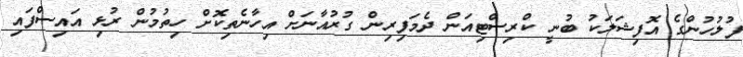
ފުލުހުންގެ އޮފިޝަލަކު ބުނީ ކްރިސްޓިއަން ދެމަފިރިން ގުރުއާނަށް އިހާނެތިކޮށް ހިތުމުން ރުޅި އައިސްފައި